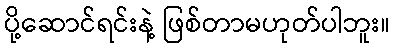
ပို့ဆောင်ရင်းနဲ့ ဖြစ်တာမဟုတ်ပါဘူး။